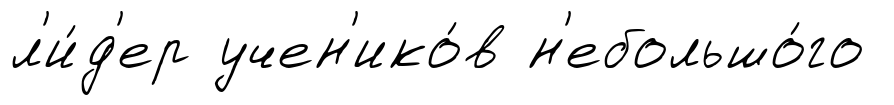
л'и́д'ер учен'ико́в н'ебольшо́го